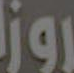
روز